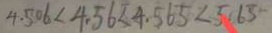
4 . 5 0 6 < 4 . 5 6 < 4 . 5 6 5 < 5 . 6 5 -